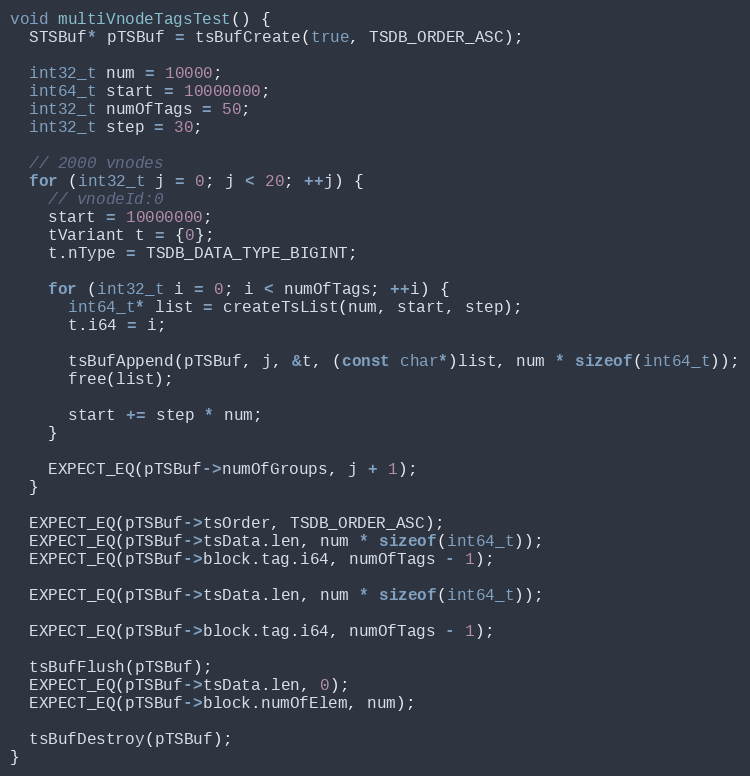
Language: C++
void multiVnodeTagsTest() {
  STSBuf* pTSBuf = tsBufCreate(true, TSDB_ORDER_ASC);

  int32_t num = 10000;
  int64_t start = 10000000;
  int32_t numOfTags = 50;
  int32_t step = 30;

  // 2000 vnodes
  for (int32_t j = 0; j < 20; ++j) {
    // vnodeId:0
    start = 10000000;
    tVariant t = {0};
    t.nType = TSDB_DATA_TYPE_BIGINT;

    for (int32_t i = 0; i < numOfTags; ++i) {
      int64_t* list = createTsList(num, start, step);
      t.i64 = i;

      tsBufAppend(pTSBuf, j, &t, (const char*)list, num * sizeof(int64_t));
      free(list);

      start += step * num;
    }

    EXPECT_EQ(pTSBuf->numOfGroups, j + 1);
  }

  EXPECT_EQ(pTSBuf->tsOrder, TSDB_ORDER_ASC);
  EXPECT_EQ(pTSBuf->tsData.len, num * sizeof(int64_t));
  EXPECT_EQ(pTSBuf->block.tag.i64, numOfTags - 1);

  EXPECT_EQ(pTSBuf->tsData.len, num * sizeof(int64_t));

  EXPECT_EQ(pTSBuf->block.tag.i64, numOfTags - 1);

  tsBufFlush(pTSBuf);
  EXPECT_EQ(pTSBuf->tsData.len, 0);
  EXPECT_EQ(pTSBuf->block.numOfElem, num);

  tsBufDestroy(pTSBuf);
}